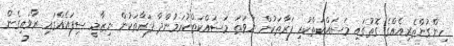
ހިންގުންތެރިއެއްގެ ގޮތުގައި މަސައްކަތްކުރި ފަރާތަކުން ނުވަތަ މަސައްކަތްކުރަމުންދާ ފަރާތަކުން ނިޒާމީ ސިފައެއްގައި ރާވައިގެން